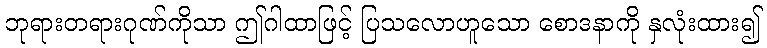
ဘုရားတရားဂုဏ်ကိုသာ ဤဂါထာဖြင့် ပြသလောဟူသော စောဒနာကို နှလုံးထား၍